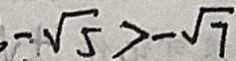
- \sqrt { 5 } > - \sqrt { 7 }